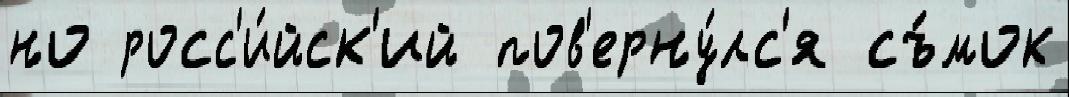
но росс'и́йск'ий пов'ерну́лс'я съ́мок